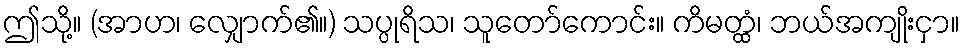
ဤသို့။ (အာဟ၊ လျှောက်၏။) သပ္ပုရိသ၊ သူတော်ကောင်း။ ကိမတ္ထံ၊ ဘယ်အကျိုးငှာ။